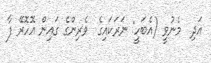
އަދި  މެނުވީ (އެބަހީ: ނަރަކައިގެ  ވެރިންގެ ގައިން އޮހޮރޭ ފާ